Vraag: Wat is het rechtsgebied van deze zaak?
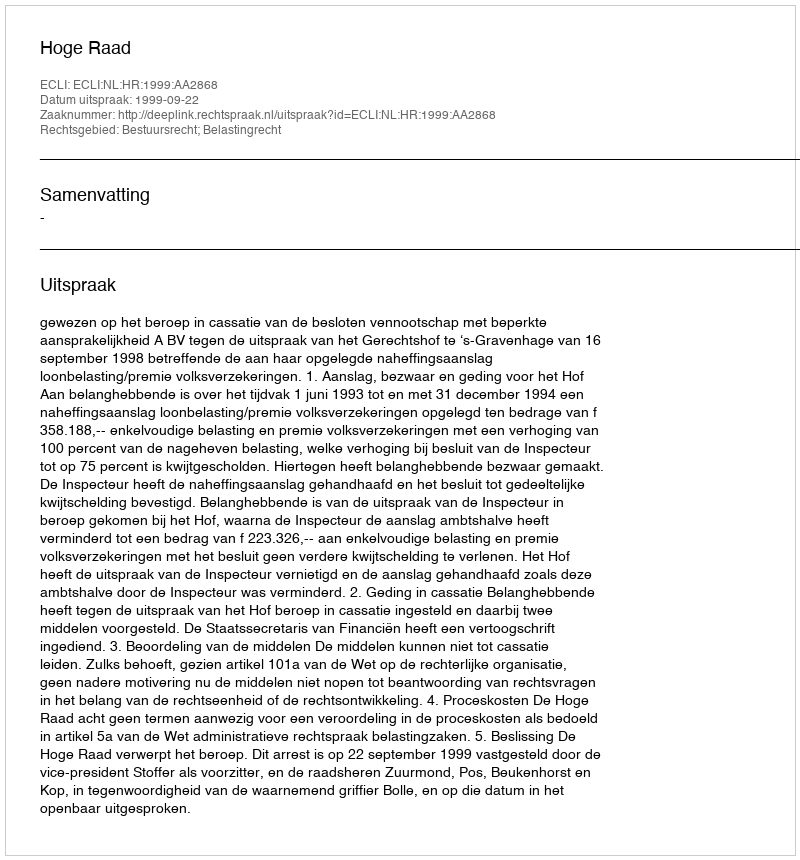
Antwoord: Bestuursrecht; Belastingrecht